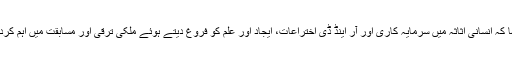
میاں انور نے کہا کہ انسانی اثاثہ میں سرمایہ کاری اور آر اینڈ ڈی اختراعات، ایجاد اور علم کو فروغ دیتے ہوئے ملکی ترقی اور مسابقت میں اہم کردار ادا کرتے ہیں۔